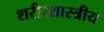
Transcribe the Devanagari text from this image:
शरीरशास्त्रीय